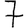
Digit: 7